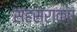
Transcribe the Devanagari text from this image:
सहस्राक्षं